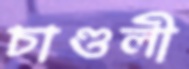
চাণ্ডলী